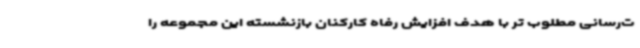
ت‌رسانی مطلوب تر با هدف افزایش رفاه کارکنان بازنشسته این‌ مجموعه را